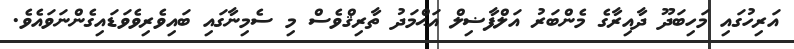
އަރިހުގައި މަހިބަދޫ ދާއިރާގެ މެންބަރު އަލްފާޟިލް އަޙްމަދު ތާރިޤްވެސް މި ސެމިނާގައި ބައިވެރިވެވަޑައިގެންނަވައެވެ.